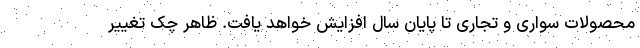
محصولات سواری و تجاری تا پایان سال افزایش خواهد یافت. ظاهر چک تغییر